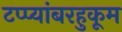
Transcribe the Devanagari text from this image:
टप्प्यांबरहुकूम